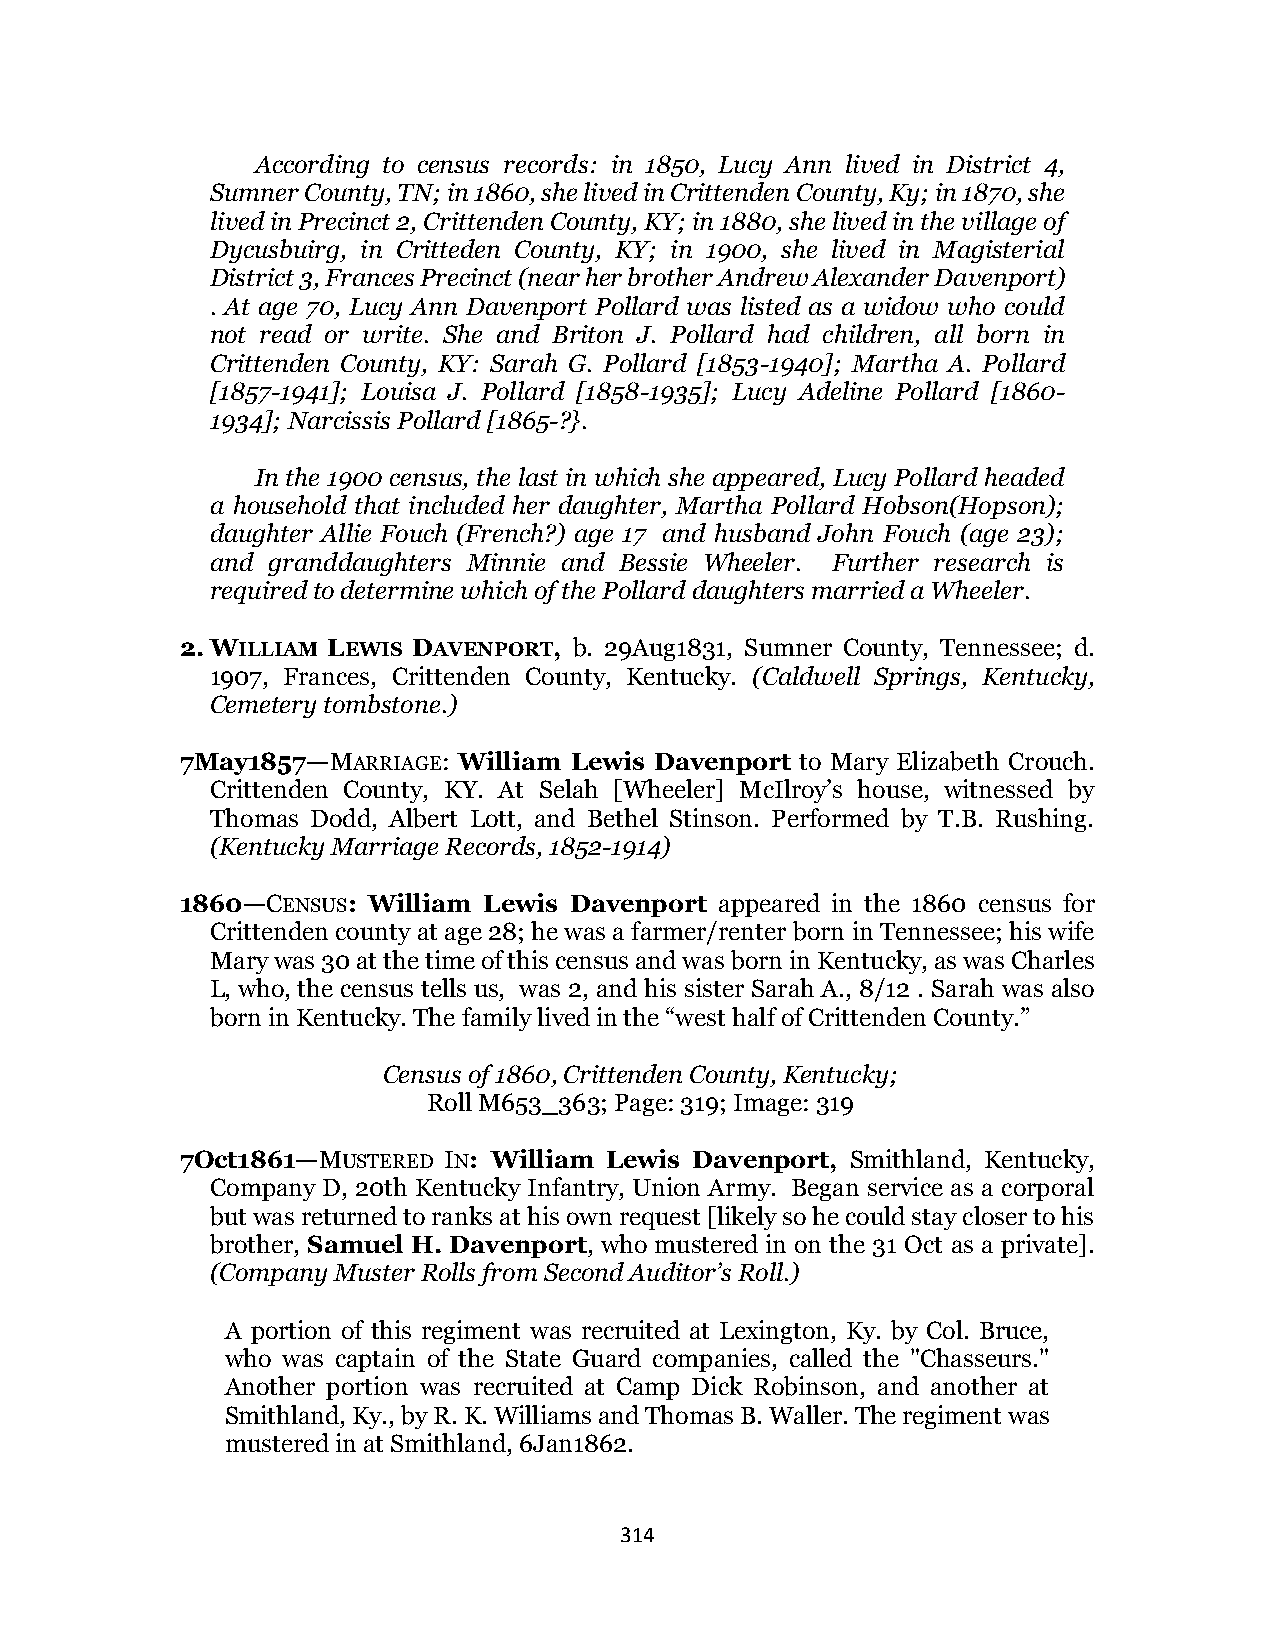
According to census records: in 1850, Lucy Ann lived in District 4,
 Sumner County, TN; in 1860, she lived in Crittenden County, Ky; in 1870, she
 lived in Precinct 2, Crittenden County, KY; in 1880, she lived in the village of
 Dycusbuirg, in Critteden County, KY; in 1900, she lived in Magisterial
 District 3, Frances Precinct (near her brother Andrew Alexander Davenport)
 . At age 70, Lucy Ann Davenport Pollard was listed as a widow who could
 not read or write. She and Briton J. Pollard had children, all born in
 Crittenden County, KY: Sarah G. Pollard [1853-1940]; Martha A. Pollard
 [1857-1941]; Louisa J. Pollard [1858-1935]; Lucy Adeline Pollard [1860-
 1934]; Narcissis Pollard [1865-?}.
 In the 1900 census, the last in which she appeared, Lucy Pollard headed
 a household that included her daughter, Martha Pollard Hobson(Hopson);
 daughter Allie Fouch (French?) age 17 and husband John Fouch (age 23);
 and granddaughters Minnie and Bessie Wheeler. Further research is
 required to determine which of the Pollard daughters married a Wheeler.
 2. WILLIAM LEWIS DAVENPORT, b. 29Aug1831, Sumner County, Tennessee; d.
 1907, Frances, Crittenden County, Kentucky. (Caldwell Springs, Kentucky,
 Cemetery tombstone.)
 7May1857—MARRIAGE: William Lewis Davenport to Mary Elizabeth Crouch.
 Crittenden County, KY. At Selah [Wheeler] McIlroy’s house, witnessed by
 Thomas Dodd, Albert Lott, and Bethel Stinson. Performed by T.B. Rushing.
 (Kentucky Marriage Records, 1852-1914)
 1860—CENSUS: William Lewis Davenport appeared in the 1860 census for
 Crittenden county at age 28; he was a farmer/renter born in Tennessee; his wife
 Mary was 30 at the time of this census and was born in Kentucky, as was Charles
 L, who, the census tells us, was 2, and his sister Sarah A., 8/12 . Sarah was also
 born in Kentucky. The family lived in the “west half of Crittenden County.”
 Census of 1860, Crittenden County, Kentucky;
 Roll M653_363; Page: 319; Image: 319
 7Oct1861—MUSTERED IN: William Lewis Davenport, Smithland, Kentucky,
 Company D, 20th Kentucky Infantry, Union Army. Began service as a corporal
 but was returned to ranks at his own request [likely so he could stay closer to his
 brother, Samuel H. Davenport, who mustered in on the 31 Oct as a private].
 (Company Muster Rolls from Second Auditor’s Roll.)
 A portion of this regiment was recruited at Lexington, Ky. by Col. Bruce,
 who was captain of the State Guard companies, called the "Chasseurs."
 Another portion was recruited at Camp Dick Robinson, and another at
 Smithland, Ky., by R. K. Williams and Thomas B. Waller. The regiment was
 mustered in at Smithland, 6Jan1862.
 314